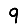
Digit: 9